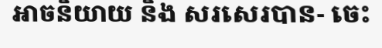
អាចនិយាយ និង សរសេរបាន- ចេះ